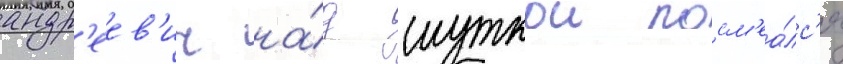
андр'еев'ич на́д шуткои посм'еа́лс'я